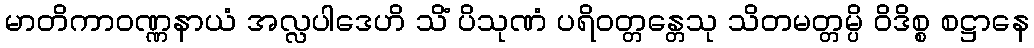
မာတိကာဝဏ္ဏနာယံ အလ္လပါဒေဟိ သိံ ပိသုဏံ ပရိဝတ္တန္တေသု သိတမတ္တမ္ပိ ဝိဒိစ္စ စဋ္ဌာနေ